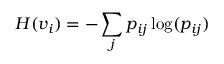
H ( v _ { i } ) = - \sum _ { j } p _ { i j } \log ( p _ { i j } )